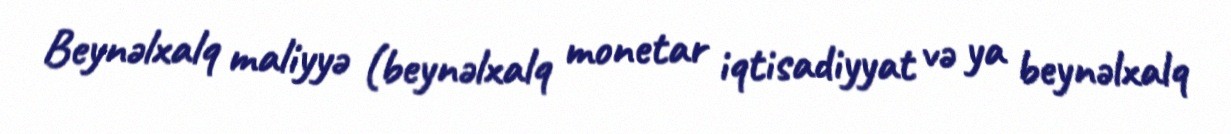
Beynəlxalq maliyyə (beynəlxalq monetar iqtisadiyyat və ya beynəlxalq